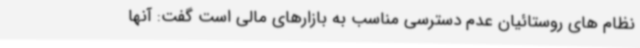
نظام های روستائیان عدم دسترسی مناسب به بازارهای مالی است گفت: آنها